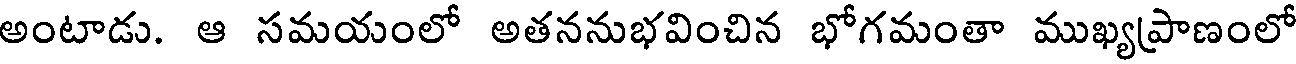
అంటాడు. ఆ సమయంలో అతననుభవించిన భోగమంతా ముఖ్యప్రాణంలో